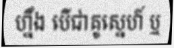
ហ្នឹង បើជាគូស្នេហ៍ ឬ